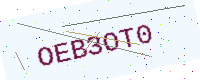
Text: OEB3OT0